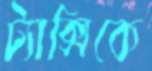
ট্যাক্সিকে